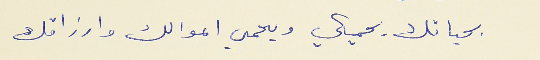
بحياتك يحميكي ويحمي اموالك وارزاقك